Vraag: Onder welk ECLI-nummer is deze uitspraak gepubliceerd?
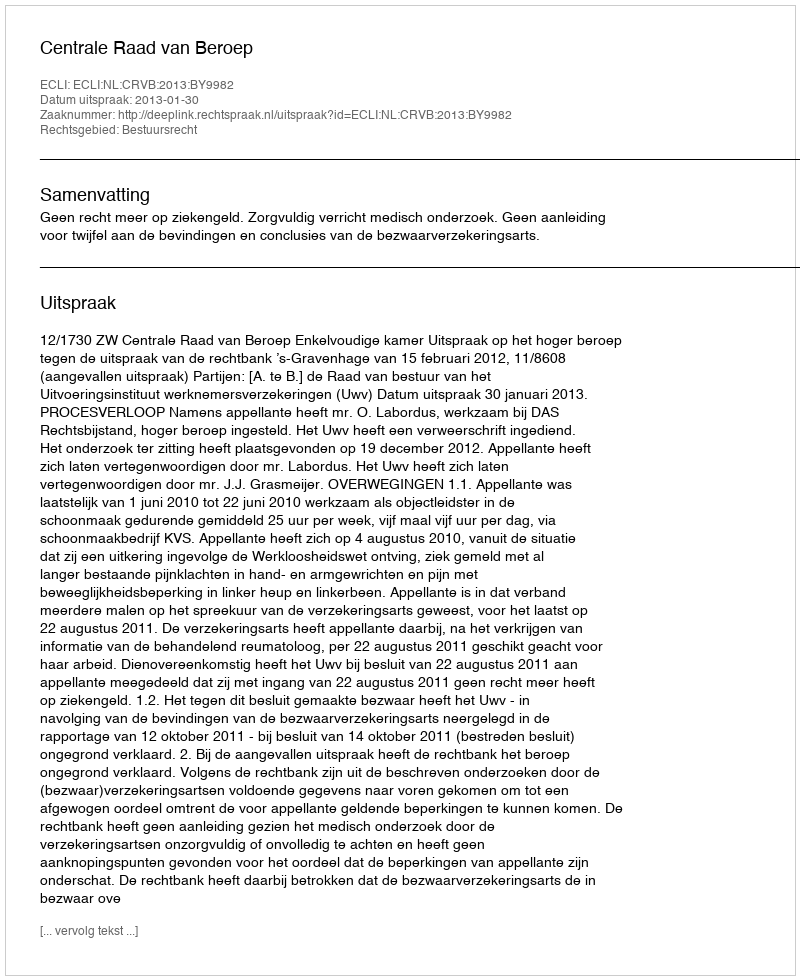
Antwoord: ECLI:NL:CRVB:2013:BY9982